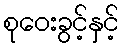
စုဝေးခွင့်နှင့်